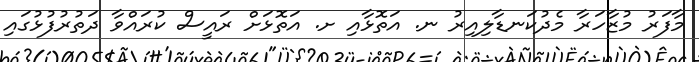
މާފަރު މުޒާހަރާ މެދުކަނޑާލިއިރު ނ. އަތޮޅާއި ށ. އަތޮޅަށް ރައީސް ކުރައްވާ ދަތުރުފުޅުގައި